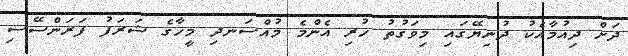
ދަށް ދިއުމާއެކު ދުނިޔޭގައި މިވަގުތު ހުރި އެންމެ މުއްސަނދި މީހާގެ ޝަރަފު ފަރަންސޭސި